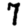
Digit: 7